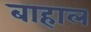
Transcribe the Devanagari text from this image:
बाहाल